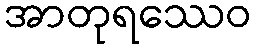
အာတုရဿေဝ